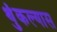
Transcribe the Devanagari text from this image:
थुंकल्यास